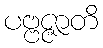
ပဗ္ဗဇ္ဇာတိ